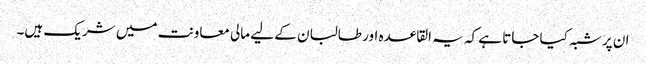
ان پر شبہ کیا جاتا ہے کہ یہ القاعدہ اور طالبان کے لیے مالی معاونت میں شریک ہیں۔